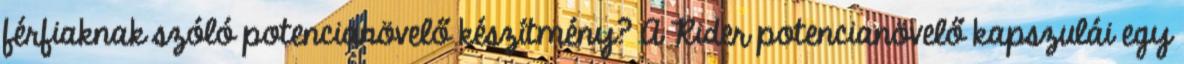
férfiaknak szóló potencianövelő készítmény? A Rider potencianövelő kapszulái egy